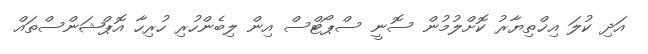
އަދި ކުލަ އިޚްތިޔާރު ކޮށްލުމުން ސޮނީ ސްޕޯޓްސް އިން ލިބެންހުރި ހުރިހާ އޮޕްޝަންސްތައް